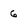
Character: 6